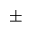
\pm